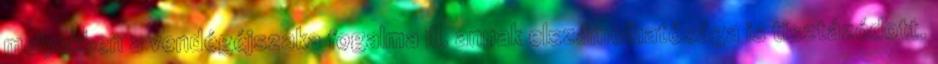
melyekben a vendégéjszaka fogalma ill. annak elszámolhatósága is tisztázódott.